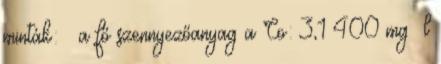
minták:  a fő szennyezőanyag a Co: 3,1–400 mg l